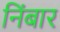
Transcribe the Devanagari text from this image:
निंबार